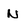
Character: N